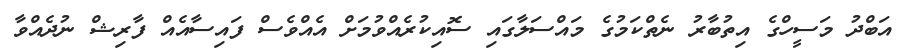
އަބްދު މަސީހްގެ އިތުބާރު ނެތްކަމުގެ މައްސަލާގައި ސޮއިކުރެއްވުމަށް އެއްވެސް ފައިސާއެއް ފާރިޝް ނުދެއްވާ